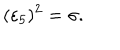
( \varepsilon _ { 5 } ) ^ { 2 } = \sigma .